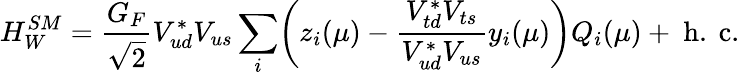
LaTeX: H_{W}^{SM}={\frac{G_{F}}{\sqrt{2}}}V_{ud}^{*}V_{us}\sum_{i}\biggl(z_{i}(\mu)-{\frac{V_{td}^{*}V_{ts}}{V_{ud}^{*}V_{us}}}y_{i}(\mu)\biggr)Q_{i}(\mu)+\mathrm{~h.~c.}